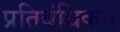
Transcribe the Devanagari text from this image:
प्रतिबंधिकत